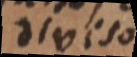
diviso.